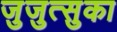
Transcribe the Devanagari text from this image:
जुजुत्सुका